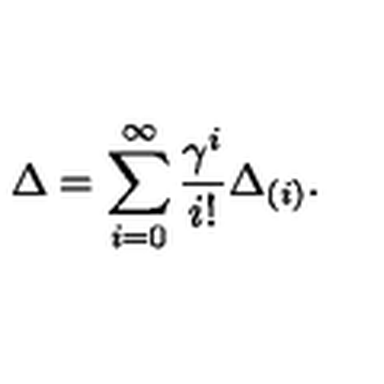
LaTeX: \Delta = \sum _ { i = 0 } ^ { \infty } \frac { \gamma ^ { i } } { i ! } \Delta _ { ( i ) } .